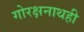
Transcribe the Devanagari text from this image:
गोरक्षनाथही